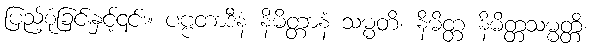
ပြည့်စုံခြင်းနှင့်၎င်း။ ပဗ္ဗတာဒီနံ နိမိတ္တာနံ သမ္မတိ၊ နိမိတ္တ နိမိတ္တသမ္မတ္တိ၊